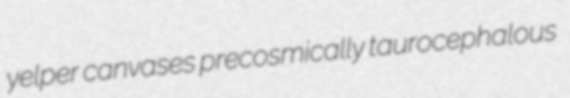
yelper canvases precosmically taurocephalous